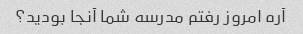
آره امروز رفتم مدرسه شما آنجا بودید؟